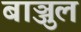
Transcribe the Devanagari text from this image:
बाञ्जुल